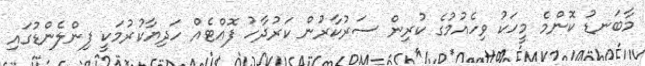
މާބަނޑު ކޮންމެ މީހަކު ވިހެއުމުގެ ކުރިން ސަރުކާރުން ކަރުދާހު ފޮއްޓެއް ހަދިޔާކުރުމަކީ ފިންލެންޑުގައި